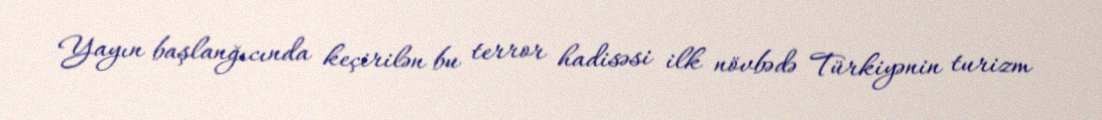
Yayın başlanğıcında keçirilən bu terror hadisəsi ilk növbədə Türkiyənin turizm